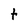
Character: t